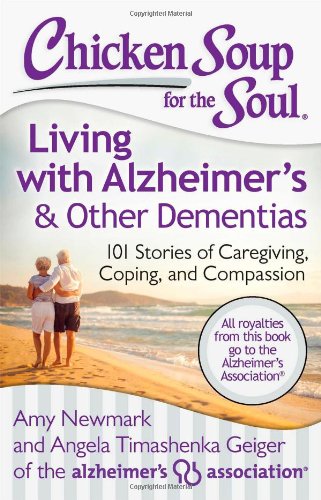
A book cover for Chicken Soup for the Soul: Living with Alzheimer's & Other Dementias: 101 Stories of Caregiving, Coping, and Compassion; Amy Newmark; Health, Fitness & Dieting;